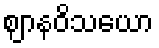
ဈာနဝိသယော